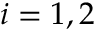
i = 1 , 2